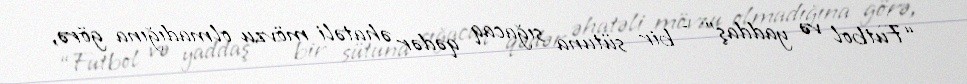
“Futbol və yaddaş” - bir sütuna sığacaq qədər əhatəli mövzu olmadığına görə,